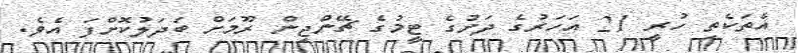
އެތަކެތި ހުރީ 21 އަހަރުގެ ދަށުގެ ޓީމުގެ ޗޭންޖިން ރޫމަށް ބަދަލުކޮށްފަ އެވެ.